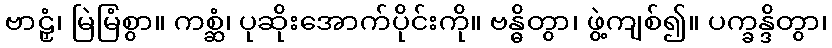
ဗာဠှံ၊ မြဲမြံစွာ။ ကစ္ဆံ၊ ပုဆိုးအောက်ပိုင်းကို။ ဗန္ဓိတွာ၊ ဖွဲ့ကျစ်၍။ ပက္ခန္ဒိတွာ၊